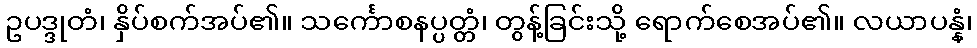
ဥပဒ္ဒုတံ၊ နှိပ်စက်အပ်၏။ သင်္ကောစနပ္ပတ္တံ၊ တွန့်ခြင်းသို့ ရောက်စေအပ်၏။ လယာပန္နံ၊